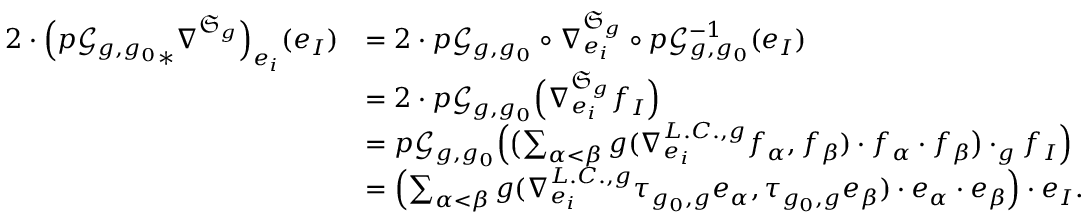
\begin{array} { r l } { 2 \cdot \Bigl ( { p \mathcal { G } _ { g , g _ { 0 } } } _ { \ast } \nabla ^ { \mathfrak { S } _ { g } } \Bigr ) _ { e _ { i } } ( e _ { I } ) } & { = 2 \cdot p \mathcal { G } _ { g , g _ { 0 } } \circ \nabla _ { e _ { i } } ^ { \mathfrak { S } _ { g } } \circ p \mathcal { G } _ { g , g _ { 0 } } ^ { - 1 } ( e _ { I } ) } \\ & { = 2 \cdot p \mathcal { G } _ { g , g _ { 0 } } \Bigl ( \nabla _ { e _ { i } } ^ { \mathfrak { S } _ { g } } f _ { I } \Bigr ) } \\ & { = p \mathcal { G } _ { g , g _ { 0 } } \Bigl ( \bigl ( \sum _ { \alpha < \beta } g ( \nabla _ { e _ { i } } ^ { L . C . , g } f _ { \alpha } , f _ { \beta } ) \cdot f _ { \alpha } \cdot f _ { \beta } \bigr ) \cdot _ { g } f _ { I } \Bigr ) } \\ & { = \Bigl ( \sum _ { \alpha < \beta } g ( \nabla _ { e _ { i } } ^ { L . C . , g } \tau _ { g _ { 0 } , g } e _ { \alpha } , \tau _ { g _ { 0 } , g } e _ { \beta } ) \cdot e _ { \alpha } \cdot e _ { \beta } \Bigr ) \cdot e _ { I } . } \end{array}